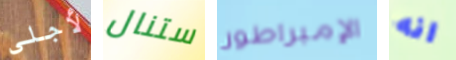
لأجلي ستنال الإمبراطور انه